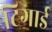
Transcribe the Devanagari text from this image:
टिगार्ड